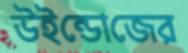
উইন্ডোজের